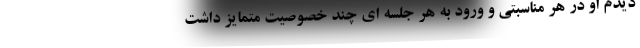
دیدم او در هر مناسبتی و ورود به هر جلسه ای چند خصوصیت متمایز داشت